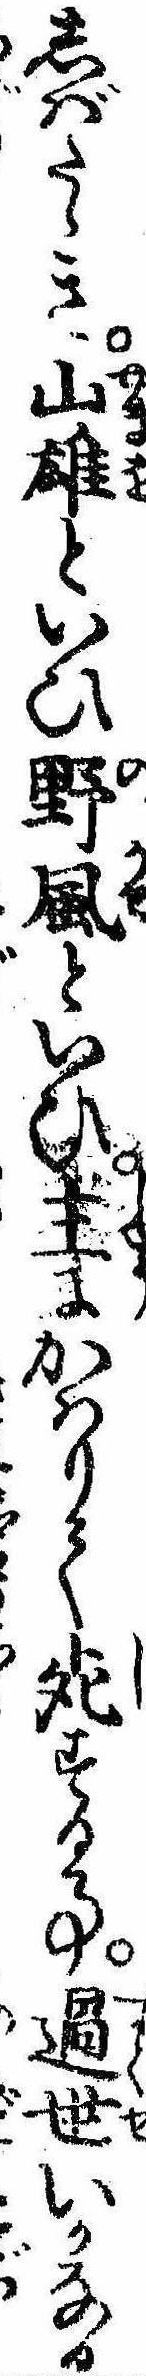
しばたゝき山雄といひ野風といひ主にかはりて死する事過世いかなる